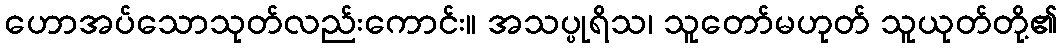
ဟောအပ်သောသုတ်လည်းကောင်း။ အသပ္ပုရိသ၊ သူတော်မဟုတ် သူယုတ်တို့၏